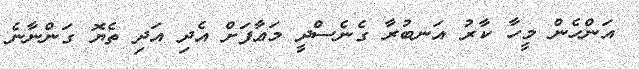
އަންހެން މީހާ ކާރު އަނބުރާ ގެނެސްދީ މަޢާފަށް އެދި އަދި ތެޔޮ ގަންނާނެ